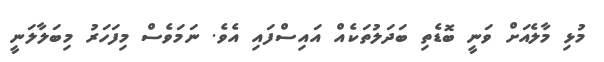
މުޅި މާލެއަށް ވަނީ ބޮޑެތި ބަދަލުތަކެއް އައިސްފައި އެވެ. ނަމަވެސް މިފަހަރު މިބަލާލަނީ